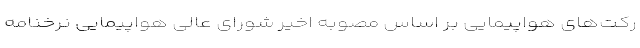
رکت‌های هواپیمایی بر اساس مصوبه اخیر شورای عالی هواپیمایی نرخنامه